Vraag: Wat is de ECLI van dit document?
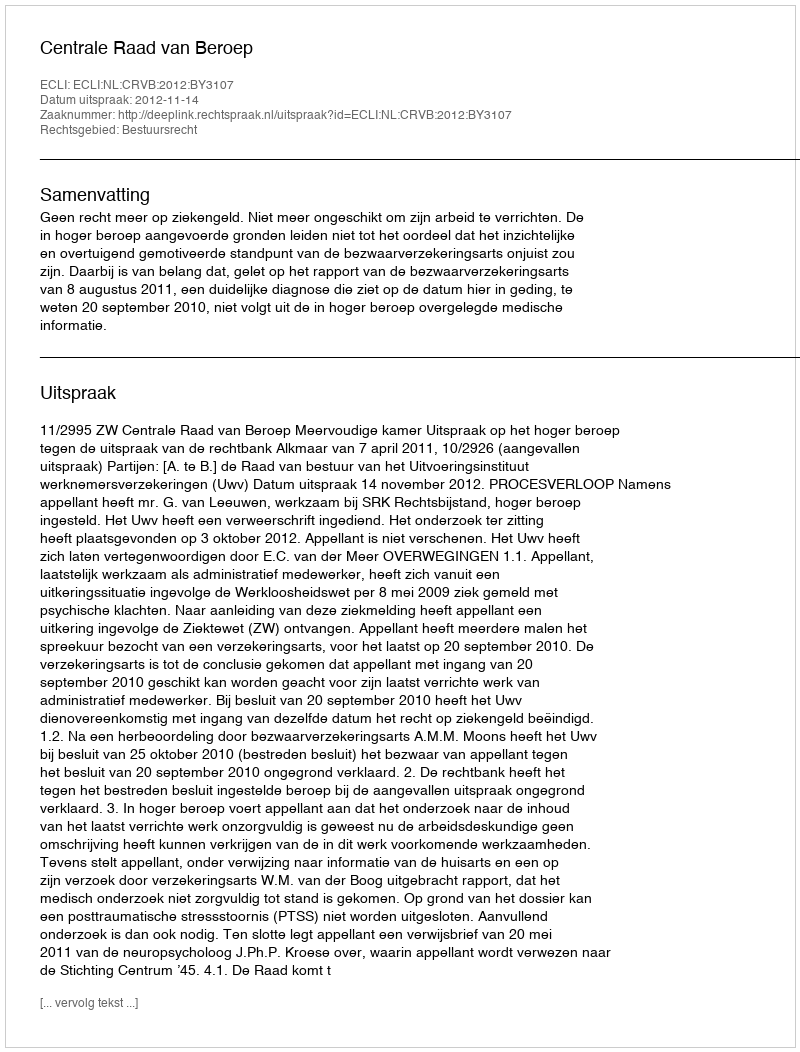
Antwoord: ECLI:NL:CRVB:2012:BY3107